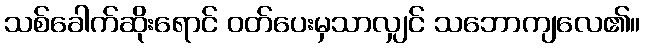
သစ်ခေါက်ဆိုးရောင် ဝတ်ပေးမှသာလျှင် သဘောကျလေ၏။